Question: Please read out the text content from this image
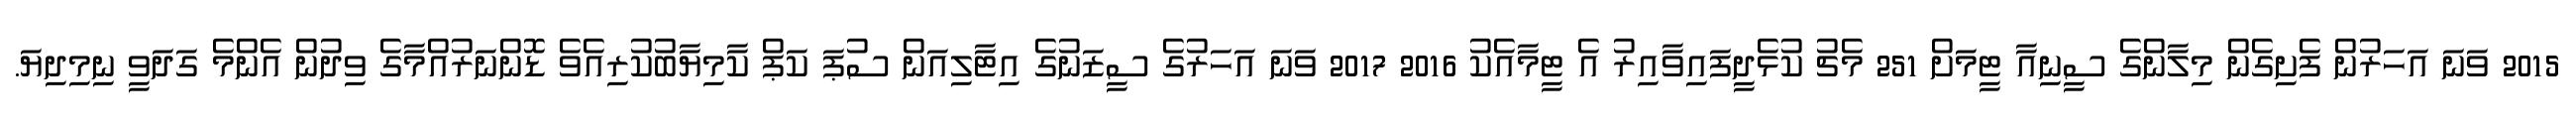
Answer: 2015 ވަނަ އަހަރުން ފެށިގެން މިލާންގެ ސީނިއާ ޓީމަށް 251 މެޗު ކުޅެދީފައިވާއިރު އެ ޓީމާއެކު 2016 2017 ވަނަ އަހަރުގެ ސީޒަނުގެ އިޓާލިއަން ސުޕަ ކަޕް ކާމިޔާބުކުރިއެވެ ޑޮންނަރުއްމާގެ ވިދުން އެންމެ ގަދަވީ ނިމިދިޔަ.